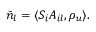
\bar { n } _ { l } = \langle S _ { i } A _ { i l } , \rho _ { u } \rangle .